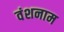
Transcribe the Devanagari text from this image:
वंशनाम